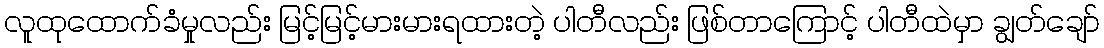
လူထုထောက်ခံမှုလည်း မြင့်မြင့်မားမားရထားတဲ့ ပါတီလည်း ဖြစ်တာကြောင့် ပါတီထဲမှာ ချွတ်ချော်